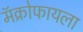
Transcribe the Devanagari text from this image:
मॅक्रोफायला